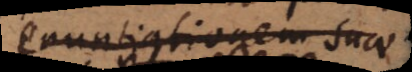
enuntiationem dici